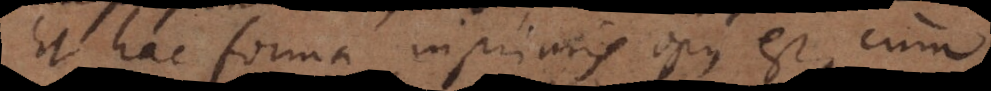
Et hac forma inprimis opus est, cum